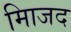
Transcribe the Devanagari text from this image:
मािजद